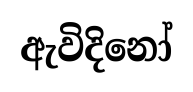
ඇවිදිනෝ